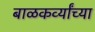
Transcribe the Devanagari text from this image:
बाळकर्व्यांच्या